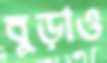
বুড়াও